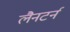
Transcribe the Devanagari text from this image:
लैनटर्न